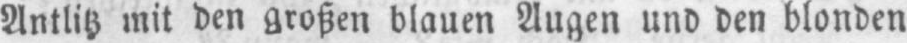
Antlitz mit den großen blauen Augen und den blonden